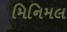
મિનિમલ